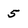
Character: 5